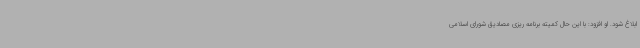
ابلاغ شود. او افزود: با این حال کمیته برنامه ریزی مصادیق شورای اسلامی